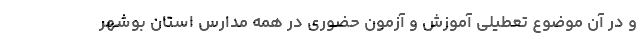
و در آن موضوع تعطیلی آموزش و آزمون حضوری در همه مدارس استان بوشهر